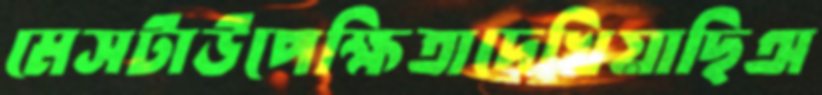
মেসটাউপেক্ষিতাদেখিয়াছিঅ